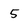
Character: 5